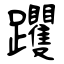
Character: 躩